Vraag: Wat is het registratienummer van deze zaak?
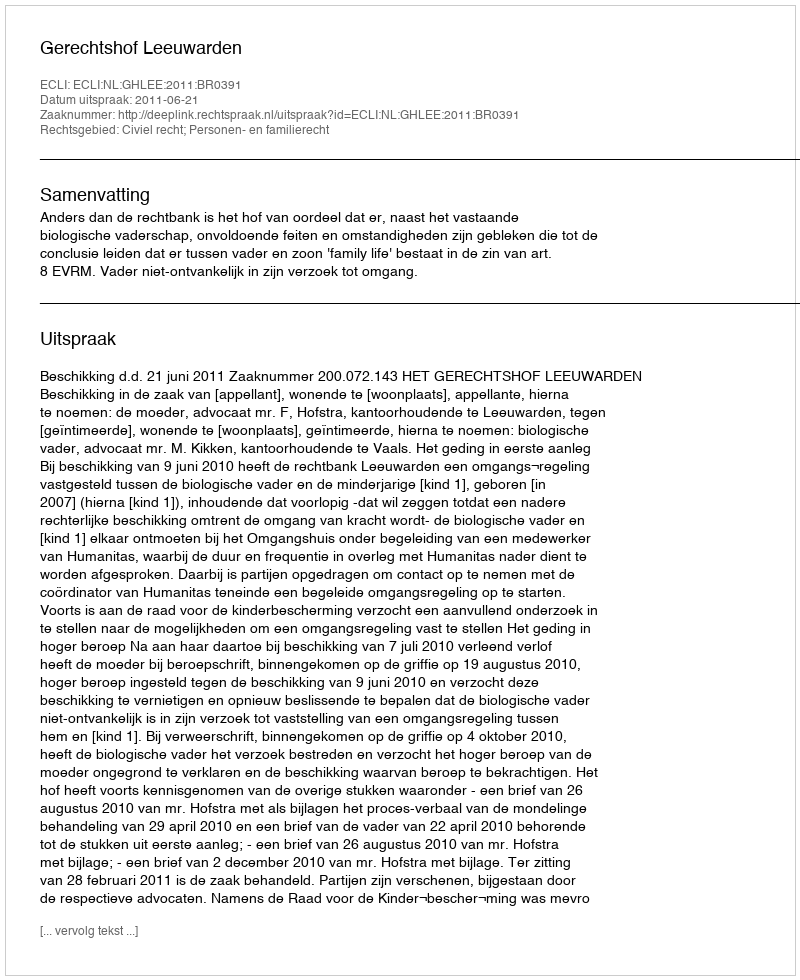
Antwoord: http://deeplink.rechtspraak.nl/uitspraak?id=ECLI:NL:GHLEE:2011:BR0391